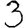
Digit: 3